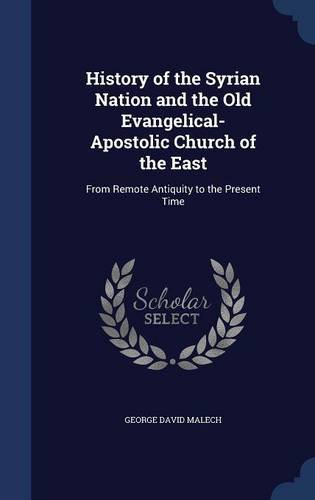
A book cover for History of the Syrian Nation and the Old Evangelical-Apostolic Church of the East: From Remote Antiquity to the Present Time; George David Malech; History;